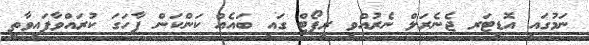
ނަމުގައި އޮޑިޓަރ ޖެނެރަލް ނެރުއްވި ރިޕޯޓް ގައި ބައެއް ކަންކަން ފާހަގަ ކުރައްވާފައިވާތީ